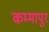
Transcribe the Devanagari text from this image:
कम्मापुर